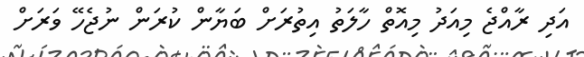
އަދި ރާއްޖެ މިއަދު މިއޮތް ހާލަތު އިތުރަށް ބަޔާން ކުރަން ނުޖެހޭ ވަރަށް